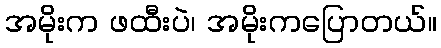
အမိုးက ဖထီးပဲ၊ အမိုးကပြောတယ်။